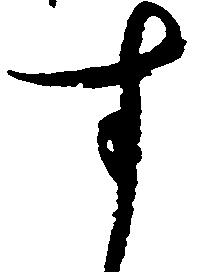
す